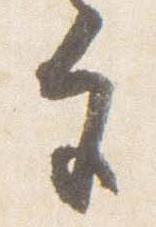
宮